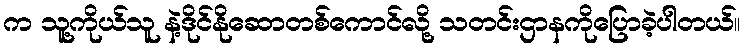
က သူ့ကိုယ်သူ နဲ့ဒိုင်နိုဆောတစ်ကောင်လို့ သတင်းဌာနကိုပြောခဲ့ပါတယ်။